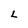
Character: 2